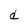
Character: d